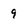
Character: 9